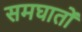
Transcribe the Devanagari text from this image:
समघातों